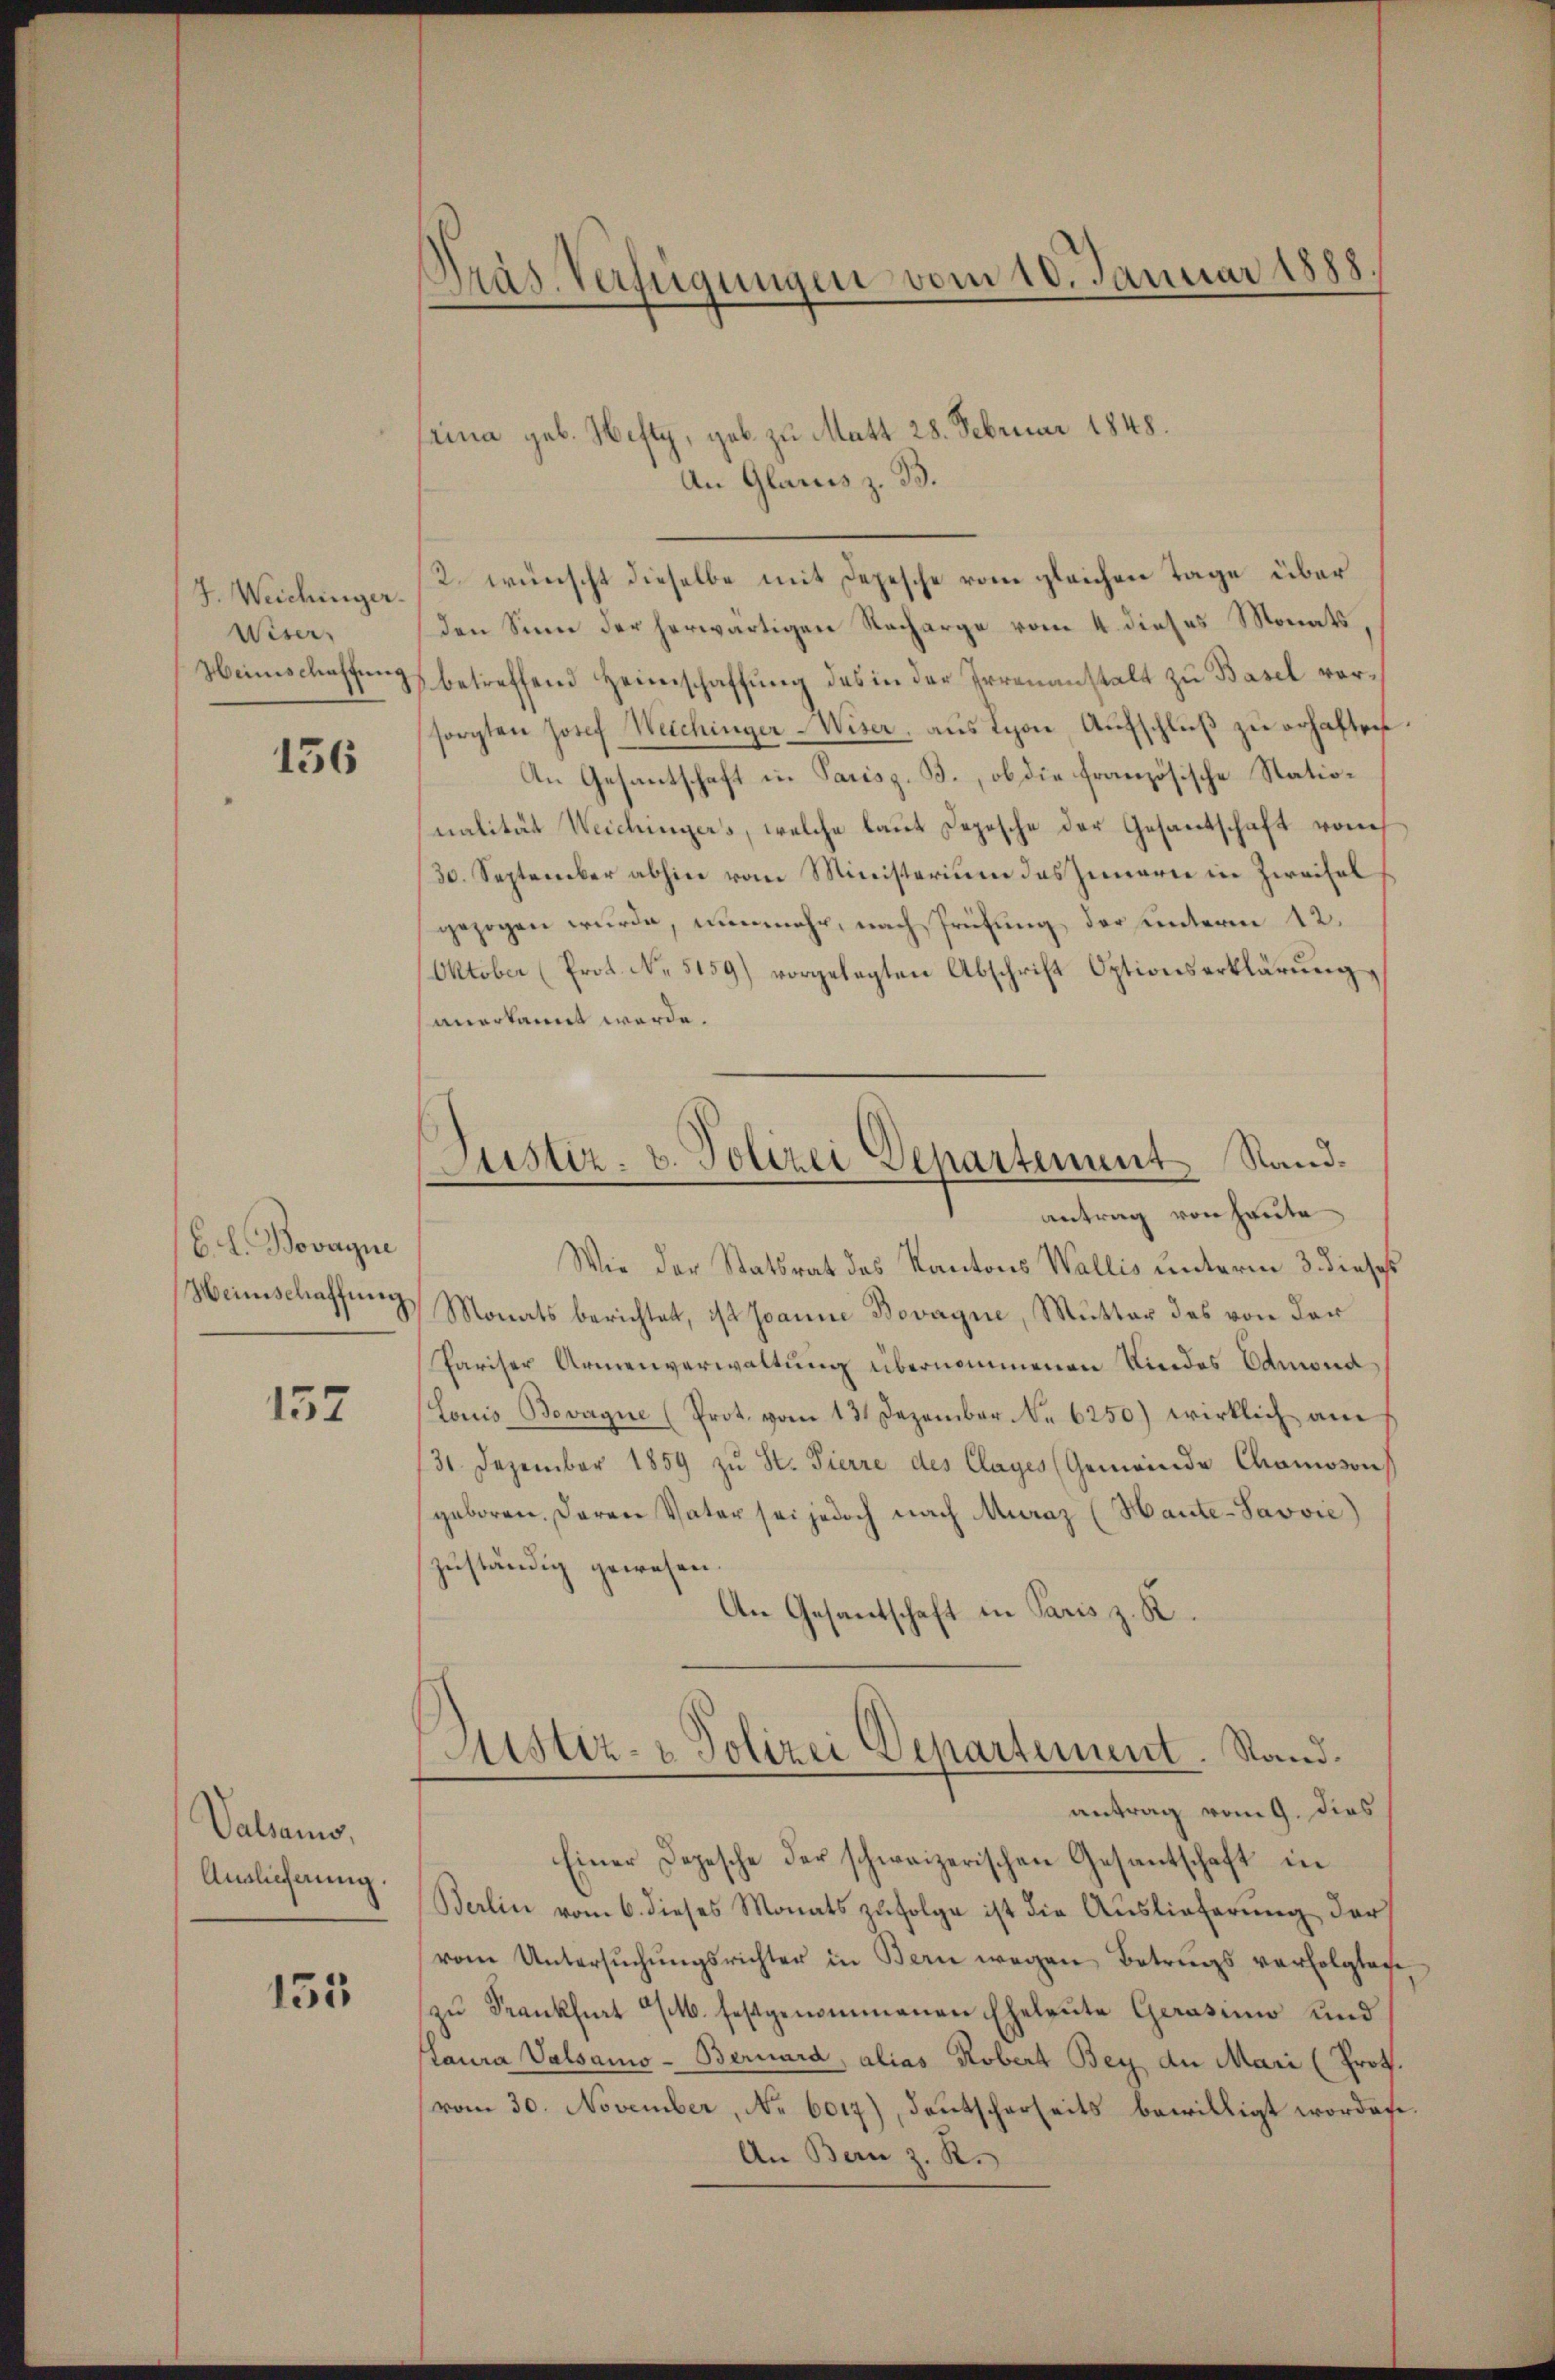
J. Weichinger.
Wiser,
Heinschaffung

156

C. L. Bovagne
Weinschaffung

137

Valans,
Auslieferung.

155

Präs. Verfügungen vom 10. Januar 1888

faina geb. Hefty, geb. zu Matt 28. Februar 1848.
An Glarus z. B.
den Sinn der herwärtigen Nacharge vom 4. dieses Monats,
betreffend Heimschaffung des in der Irrenanstalt zu Basel vorsorgten Josef Weichinger-Wiser, aus Lyon, Aufschluβ zŭ erhaften.
An Gesantschaft in Parisz. B., ob die französische Station
nalität Weichingers, welche laut Depesche der Gesantschaft von
(30. September abhin vom Ministerium das Innern in Zweifel
gezogen wurde, nunmehr, nach Prüfung der unterm 12.
Oktober (Prot. No. 5159) vorgelegten Abschrift Optionserklärŭng
anerkannt werde.
Wie der Statsrat des Kantons Wallis unterm 3. dieses
Monats berichtet, ist Joanne Bevagne, Mutter des von der
Pariser Armenverwaltung übernommenen Kindes Admond
Louis Bovagne (Prot. vom 13. Dezember No 6250) wirklich am
31. Dezember 1859 zŭ St. Pierre des Clages (Gemeinde Chamoson
geboren. Daran Vater sei jedoch nach Muraz (Haute-Savvie)
zuständig gewesen.
An Gesantschaft in Paris z. R.
Austiz- & Polizei Departement. Stand.
antrag vom 9. dies
Einer Depesche der schweizerischen Gesantschaft in
Berlin vom 6. dieses Monats zufolge ist die Auslieferung der
vom Untersŭchŭngsrichter in Bern wegen Betrags verfolgtage
zu Frankfurt M. festgenommenen Eheleute Gerasino Kind
Laura Valsamo- Bernard, alias Robert Bey der Mari (Prot.
vom 30. November, No. 6017), deutscherseits bewilligt worden.
An Bern z. R.

2. wünscht dieselbe mit Depesche vom gleichen Tage über

Justiz- u. Polizei Departement Randantrag von heute